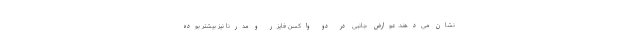
نشان می‌دهند. عوارض جانبی در دو واکسن فایزر و مدرنا نیز بیشتر بوده